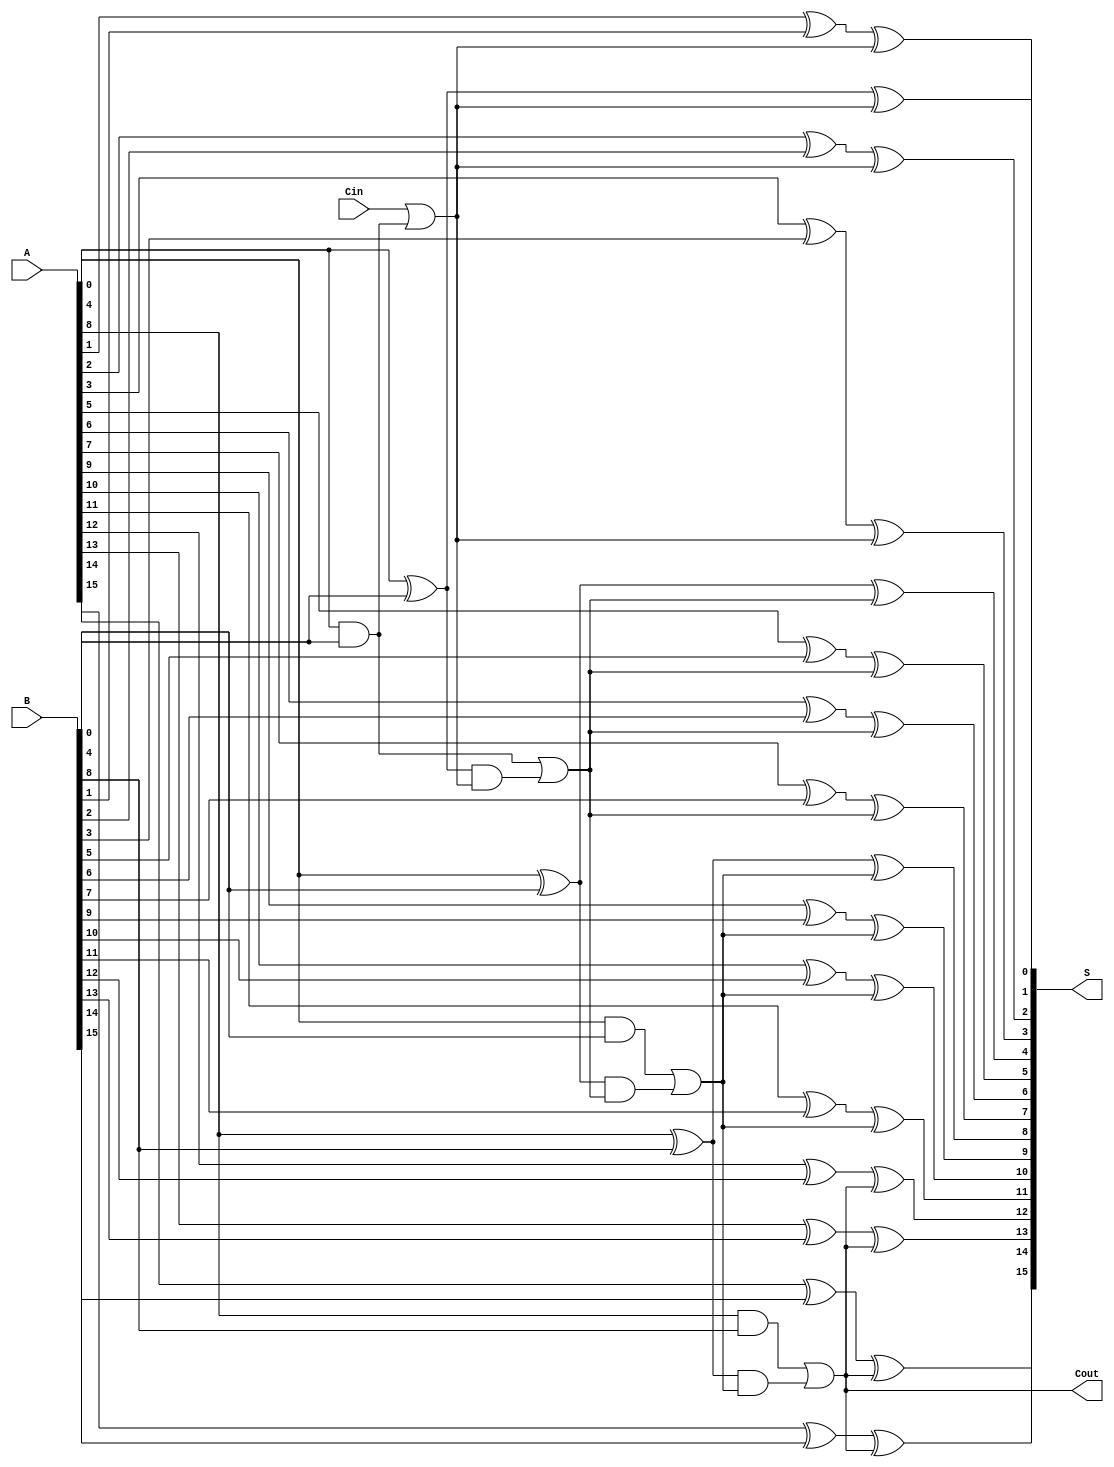
module han_carlson_adder #(parameter N = 16, GROUP_SIZE = 4) (
    input [N-1:0] A,       // First N-bit input
    input [N-1:0] B,       // Second N-bit input
    input Cin,             // Carry-in
    output [N-1:0] S,      // Sum output
    output Cout            // Carry-out
);

    localparam GROUPS = N / GROUP_SIZE;

    // Generate and propagate signals
    wire [GROUPS-1:0] G [0:GROUP_SIZE-1]; // Generate signals
    wire [GROUPS-1:0] P [0:GROUP_SIZE-1]; // Propagate signals
    wire [GROUPS:0] C; // Carry signals (C[0] = Cin)

    // Generate and propagate calculations for each group
    genvar i, j;
    generate
        for (i = 0; i < GROUPS; i = i + 1) begin : group
            for (j = 0; j < GROUP_SIZE; j = j + 1) begin : bit
                if (i * GROUP_SIZE + j < N) begin
                    assign G[i][j] = A[i * GROUP_SIZE + j] & B[i * GROUP_SIZE + j]; // Generate
                    assign P[i][j] = A[i * GROUP_SIZE + j] ^ B[i * GROUP_SIZE + j]; // Propagate
                end
            end
            
            // Carry computation for each group
            if (i == 0) begin
                assign C[i] = Cin | G[i][0]; // First group carry
            end else begin
                assign C[i] = G[i-1][0] | (P[i-1][0] & C[i-1]); // Carry select logic
            end
        end
    endgenerate

    // Sum calculation for each group
    generate
        for (i = 0; i < GROUPS; i = i + 1) begin : sum_group
            for (j = 0; j < GROUP_SIZE; j = j + 1) begin : sum_bit
                if (i * GROUP_SIZE + j < N) begin
                    assign S[i * GROUP_SIZE + j] = P[i][j] ^ C[i]; // Sum calculation
                end
            end
        end
    endgenerate

    // Final carry out
    assign Cout = C[GROUPS-1];

endmodule